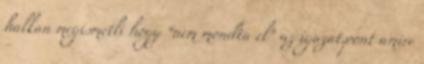
halkan megismétli hogy “nem mondta el” az igazat.pont amire